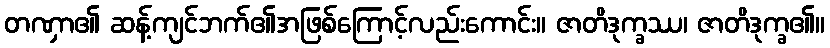
တဏှာ၏ ဆန့်ကျင်ဘက်၏အဖြစ်ကြောင့်လည်းကောင်း။ ဇာတိဒုက္ခဿ၊ ဇာတိဒုက္ခ၏။